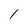
Character: I